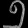
Digit: ၅